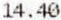
14.40